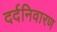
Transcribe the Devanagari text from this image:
दर्दनिवारण